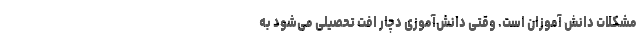
مشکلات دانش آموزان است. وقتی دانش‌آموزی دچار افت تحصیلی می‌شود به